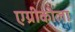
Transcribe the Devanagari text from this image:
एग्रीकोला